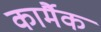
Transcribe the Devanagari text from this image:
कार्मैक